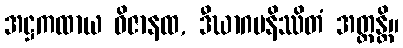
အဋ္ဌကထာယ ဝိဇာနထ, ဒီဃာဂမနိဿိတံ အတ္ထန္တိ။